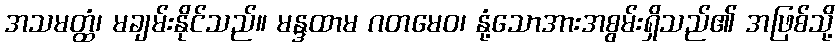
အသမတ္ထံ၊ မချမ်းနိုင်သည်။ မန္ဒထာမ ဂတမေဝ၊ နုံ့သောအားအစွမ်းရှိသည်၏ အဖြစ်သို့